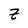
Character: z